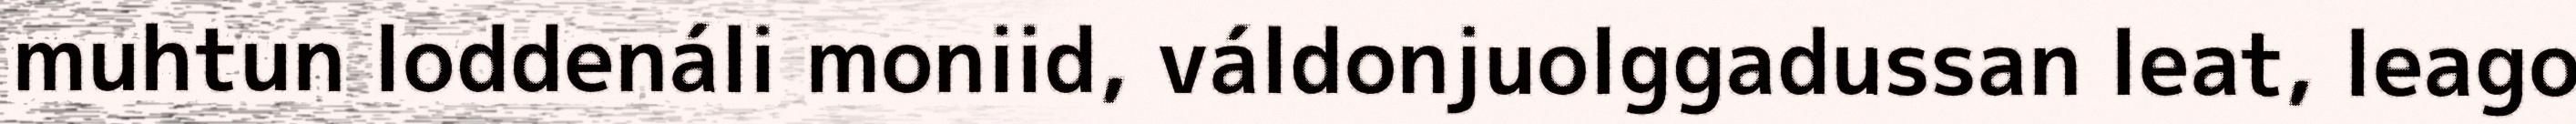
muhtun loddenáli moniid, váldonjuolggadussan leat, leago